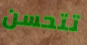
تتحسن